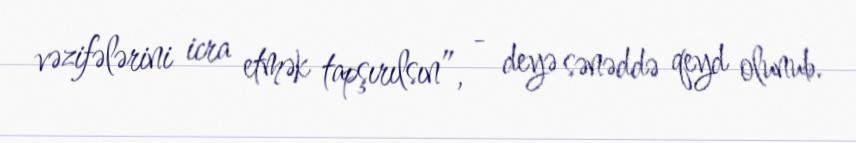
vəzifələrini icra etmək tapşırılsın”, - deyə sənəddə qeyd olunub.